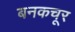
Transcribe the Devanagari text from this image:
बनकचूर